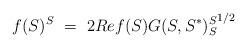
LaTeX: \begin{align*}f(S)^S\ =\ 2Ref(S){G(S,S^*)_S^S}^{1/2}\end{align*}